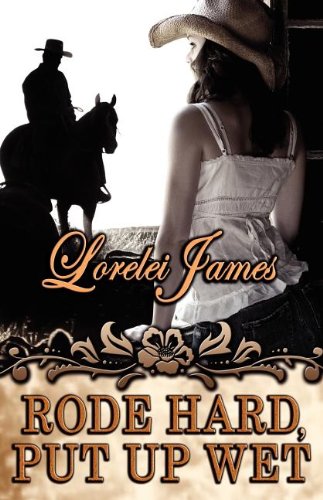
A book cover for Rode Hard, Put Up Wet (Rough Riders); Lorelei James; Romance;